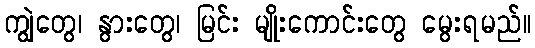
ကျွဲတွေ၊ နွားတွေ၊ မြင်း မျိုးကောင်းတွေ မွေးရမည်။